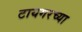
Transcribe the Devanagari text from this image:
टायगरच्या